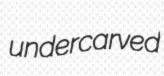
undercarved